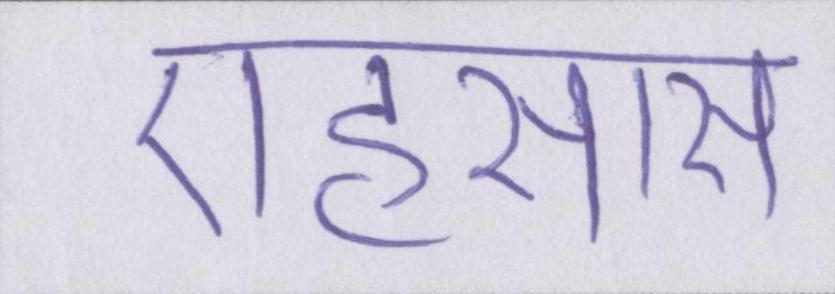
एहसास